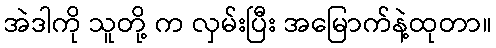
အဲဒါကို သူတို့ က လှမ်းပြီး အမြောက်နဲ့ထုတာ။